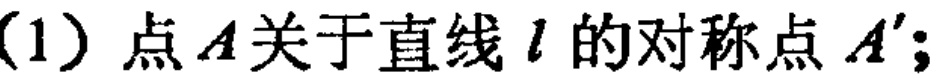
(1) 点\(A\)关于直线\(l\)的对称点\(A'\);